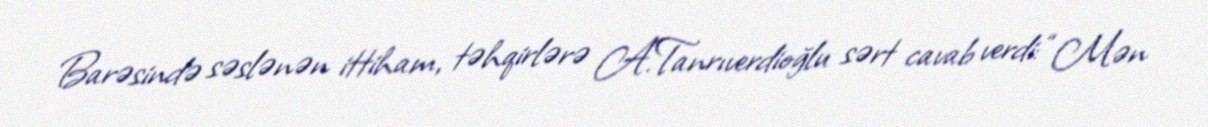
Barəsində səslənən ittiham, təhqirlərə A.Tanrıverdioğlu sərt cavab verdi: “Mən